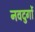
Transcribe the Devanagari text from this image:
नवदुर्गो